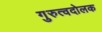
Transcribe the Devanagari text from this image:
गुरुत्वदोलक